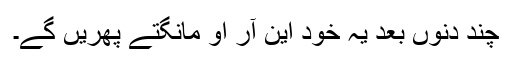
چند دنوں بعد یہ خود این آر او مانگتے پھریں گے۔